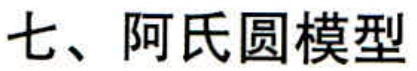
七、阿氏圆模型